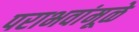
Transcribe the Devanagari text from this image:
पराभवांमूळे